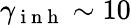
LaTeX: \gamma_{\mathrm{~i~n~h~}}\sim 10